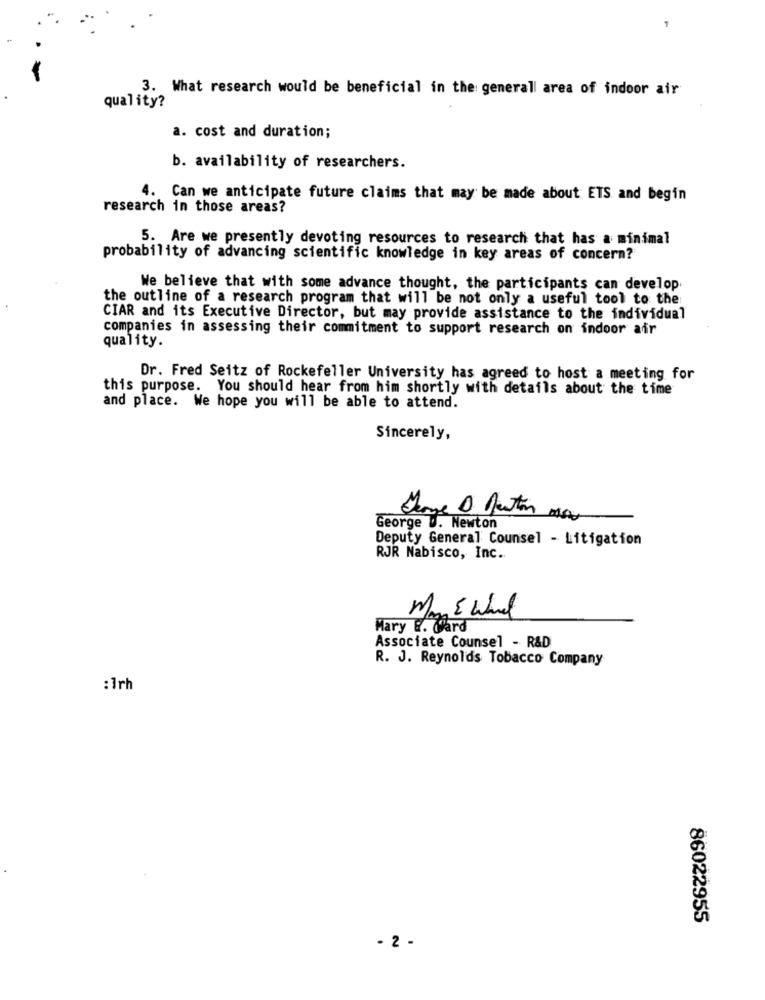
3. What research would be beneficial in the generall area of indoor air
quality?
a. cost and duration;
b. availability of researchers.
. Can we anticipate future claims that may be made about ETS and begin
research in those areas?
5. Are we presently devoting resources to research that has a minimal
probability of advancing scientific knowledge in key areas of concern?
We believe that with some advance thought, the participants can develop
the outline of a research program that will be not only a useful tool to the
CIAR and its Executive Director, but may provide assistance to the individual
companies in assessing their commitment to support research on indoor air
quality.
Dr. Fred Seitz of Rockefeller University has agreed to host a meeting for
this purpose. You should hear from him shortly with details about the time
and place. We hope you will be able to attend.
Sincerely,
George D. Newton
Deputy General Counsel - Litigation
RJR Nabisco, Inc.
Mary E. Ward
Associate Counsel - R&D
R. J. Reynolds Tobacco Company
: 1rh
86022955
- 2 -